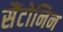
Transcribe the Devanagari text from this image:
सैंटोनिन